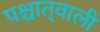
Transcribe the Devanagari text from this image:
पश्चात्‌वाली